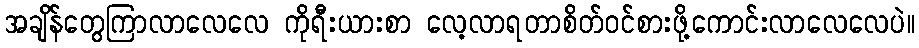
အချိန်တွေကြာလာလေလေ ကိုရီးယားစာ လေ့လာရတာစိတ်ဝင်စားဖို့ကောင်းလာလေလေပဲ။